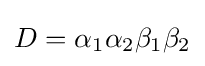
D=\alpha _{1}\alpha _{2}\beta _{1}\beta _{2}